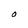
Character: O